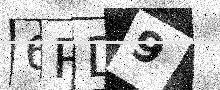
Text: 6RD9